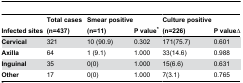
| Infected sites | Total cases (n=437) | Smear positive (n=11) | P value* | Culture positive (n=226) | P value∆ |
 | --- | --- | --- | --- | --- | --- |
 | Cervical | 321 | 10 (90.9) | 0.302 | 171(75.7) | 0.601 |
 | Axilla | 64 | 1 (9.1) | 1.000 | 33(14.6) | 0.988 |
 | Inguinal | 35 | 0(0) | 1.000 | 15(6.6) | 0.631 |
 | Other | 17 | 0(0) | 1.000 | 7(3.1) | 0.765 |